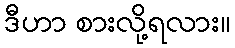
ဒီဟာ စားလို့ရလား။